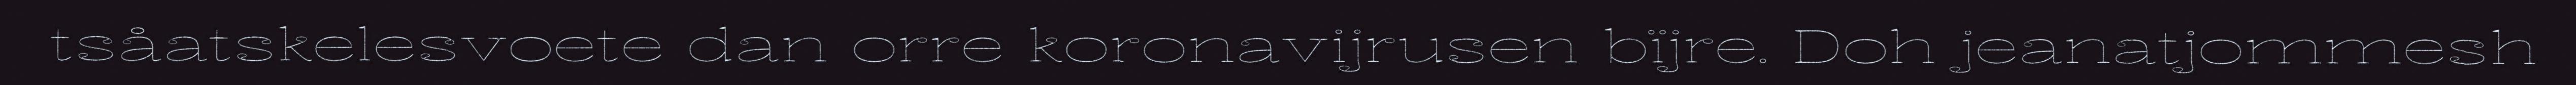
tsåatskelesvoete dan orre koronavijrusen bïjre. Doh jeanatjommesh